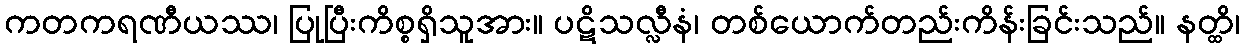
ကတကရဏီယဿ၊ ပြုပြီးကိစ္စရှိသူအား။ ပဋိသလ္လီနံ၊ တစ်ယောက်တည်းကိန်းခြင်းသည်။ နတ္ထိ၊